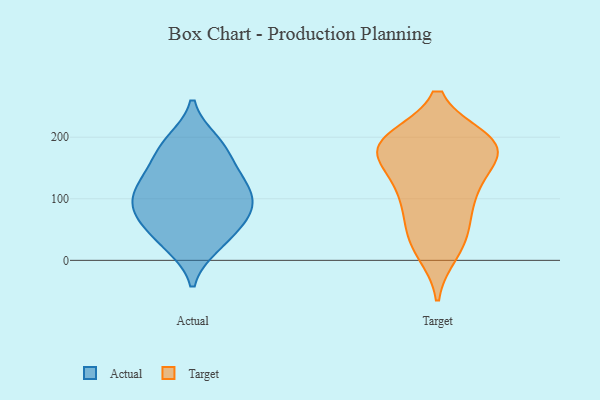
{"axis": {"x": "Population (Million)", "y": "Value"}, "legend": ["Actual", "Target"], "data": [{"x": "", "y": 107, "type": "Actual"}, {"x": "", "y": 191, "type": "Actual"}, {"x": "", "y": 23, "type": "Actual"}, {"x": "", "y": 152, "type": "Actual"}, {"x": "", "y": 99, "type": "Actual"}, {"x": "", "y": 194, "type": "Actual"}, {"x": "", "y": 77, "type": "Actual"}, {"x": "", "y": 147, "type": "Actual"}, {"x": "", "y": 74, "type": "Actual"}, {"x": "", "y": 182, "type": "Actual"}, {"x": "", "y": 116, "type": "Actual"}, {"x": "", "y": 44, "type": "Actual"}, {"x": "", "y": 129, "type": "Actual"}, {"x": "", "y": 73, "type": "Actual"}, {"x": "", "y": 23, "type": "Actual"}, {"x": "", "y": 109, "type": "Actual"}, {"x": "", "y": 65, "type": "Actual"}, {"x": "", "y": 59, "type": "Target"}, {"x": "", "y": 24, "type": "Target"}, {"x": "", "y": 190, "type": "Target"}, {"x": "", "y": 47, "type": "Target"}, {"x": "", "y": 101, "type": "Target"}, {"x": "", "y": 178, "type": "Target"}, {"x": "", "y": 177, "type": "Target"}, {"x": "", "y": 137, "type": "Target"}, {"x": "", "y": 195, "type": "Target"}, {"x": "", "y": 171, "type": "Target"}, {"x": "", "y": 186, "type": "Target"}, {"x": "", "y": 190, "type": "Target"}, {"x": "", "y": 14, "type": "Target"}, {"x": "", "y": 107, "type": "Target"}, {"x": "", "y": 195, "type": "Target"}, {"x": "", "y": 113, "type": "Target"}]}